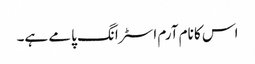
اس کا نام آرم اسٹرانگ پامے ہے۔